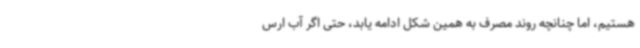
هستیم، اما چنانچه روند مصرف به همین شکل ادامه یابد، حتی اگر آب ارس